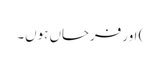
) اور فرحاں ہوں۔